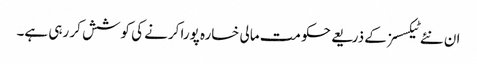
ان نئے ٹیکسسز کے ذریعے حکومت مالی خسارہ پورا کرنے کی کوشش کر رہی ہے۔